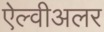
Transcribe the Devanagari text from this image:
ऐल्वीअलर